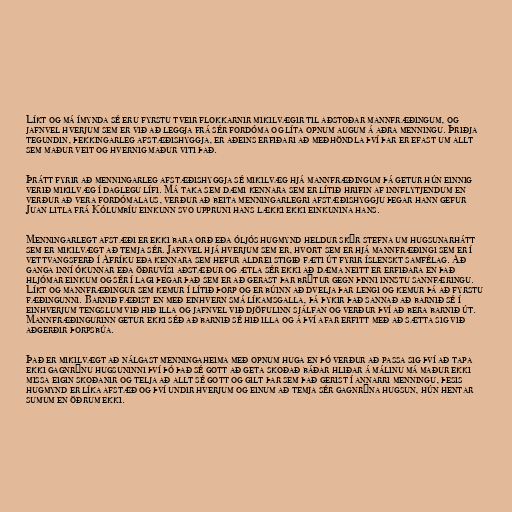
Líkt og má ímynda sé eru fyrstu tveir flokkarnir mikilvægir til aðstoðar mannfræðingum, og
jafnvel hverjum sem er við að leggja frá sér fordóma og líta opnum augum á aðra menningu. Þriðja
tegundin, þekkingarleg afstæðishyggja, er aðeins erfiðari að meðhöndla því þar er efast um allt
sem maður veit og hvernig maður viti það.

Þrátt fyrir að menningarleg afstæðishyggja sé mikilvæg hjá mannfræðingum þá getur hún einnig
verið mikilvæg í daglegu lífi. Má taka sem dæmi kennara sem er lítið hrifin af innflytjendum en
verður að vera fordómalaus, verður að beita menningarlegri afstæðishyggju þegar hann gefur
Juan litla frá Kólumbíu einkunn svo uppruni hans lækki ekki einkunina hans.

Menningarlegt afstæði er ekki bara orð eða óljós hugmynd heldur skýr stefna um hugsunarhátt
sem er mikilvægt að temja sér. Jafnvel hjá hverjum sem er, hvort sem er hjá mannfræðingi sem er í
vettvangsferð í Afríku eða kennara sem hefur aldrei stigið fæti út fyrir íslenskt samfélag. Að
ganga inní ókunnar eða öðruvísi aðstæður og ætla sér ekki að dæma neitt er erfiðara en það
hljómar einkum og sér í lagi þegar það sem er að gerast þar brýtur gegn þinni innstu sannfæringu.
Líkt og mannfræðingur sem kemur í lítið þorp og er búinn að dvelja þar lengi og kemur þá að fyrstu
fæðingunni. Barnið fæðist en með einhvern smá líkamsgalla, þá þykir það sannað að barnið sé í
einhverjum tengslum við hið illa og jafnvel við djöfulinn sjálfan og verður því að bera barnið út.
Mannfræðingurinn getur ekki séð að barnið sé hið illa og á því afar erfitt með að sætta sig við
aðgerðir þorpsbúa.

Það er mikilvægt að nálgast menningaheima með opnum huga en þó verður að passa sig því að tapa
ekki gagnrýnu hugsuninni því þó það sé gott að geta skoðað báðar hliðar á málinu má maður ekki
missa eigin skoðanir og telja að allt sé gott og gilt þar sem það gerist í annarri menningu, þesis
hugmynd er líka afstæð og því undir hverjum og einum að temja sér gagnrýna hugsun, hún hentar
sumum en öðrum ekki.